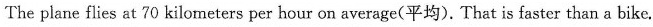
The plane flies at 70 kilometers per hour on average(平均). That is faster than a bike.